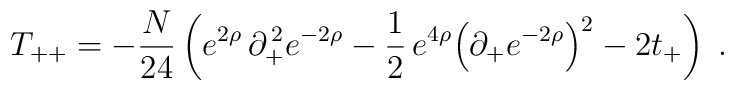
T_{++}=-{N\over24}\left(e^{2\rho}\,\partial_+^{\,2}e^{-2\rho}-{1\over2}\,e^{4\rho}{\left(\partial_+e^{-2\rho}\right)}^2-2t_+\right)\;.